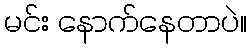
မင်း နောက်နေတာပဲ။